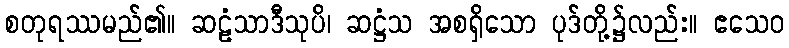
စတုရဿမည်၏။ ဆဠံသာဒီသုပိ၊ ဆဋ္ဌံသ အစရှိသော ပုဒ်တို့၌လည်း။ ဧသေဝ